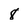
Character: 8